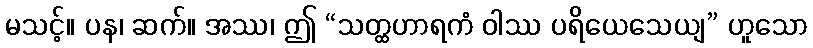
မသင့်။ ပန၊ ဆက်။ အဿ၊ ဤ “သတ္ထဟာရကံ ဝါဿ ပရိယေသေယျ” ဟူသော